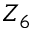
Z _ { 6 }